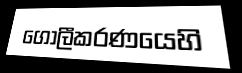
ගෝලීකරණයෙහි